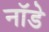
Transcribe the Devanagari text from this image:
नॉडे